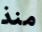
منذ